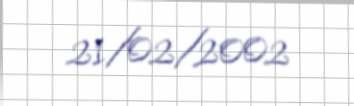
21/02/2002